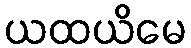
ယထယိမေ